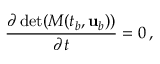
\frac { \partial \operatorname* { d e t } ( M ( t _ { b } , { \mathbf { u } } _ { b } ) ) } { \partial t } = 0 \, ,